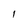
Character: l